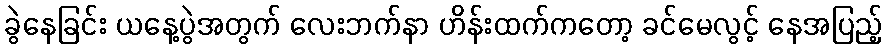
ခွဲနေခြင်း ယနေ့ပွဲအတွက် လေးဘက်နာ ဟိန်းထက်ကတော့ ခင်မေလွင့် နေအပြည့်